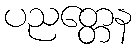
ပညတ္တေန